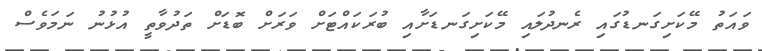
ވައަތު މޭކަށިގަނޑުގައި ރެނދުލައި މޭކަށިގަނޑަށާއި ބުރަކައްޓަށް ވަރަށް ބޮޑަށް ތަދުވާތީ އުޅުނު ނަމަވެސް